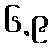
၆.၉